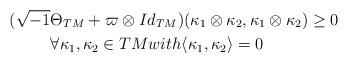
LaTeX: \begin{align*}(\sqrt{-1}&\Theta_{TM}+\varpi \otimes Id_{TM})(\kappa_1 \otimes \kappa_2,\kappa_1\otimes \kappa_2)\ge 0 \\&\forall \kappa_1,\kappa_2 \in TM with \langle \kappa_1,\kappa_2\rangle=0\end{align*}